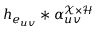
h _ { e _ { u v } } * \alpha _ { u v } ^ { \mathcal { X } \times \mathcal { H } }